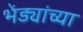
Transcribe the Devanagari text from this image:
भेंड्यांच्या